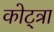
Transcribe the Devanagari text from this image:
कोट्त्रा